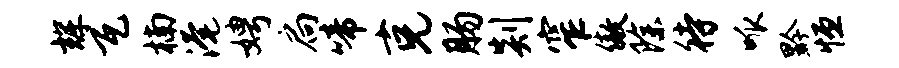
辉瓦楠淹娉扃啼克肠剡窄傲除待呱黔恒